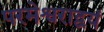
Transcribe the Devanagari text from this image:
परमेश्वराद्वयं